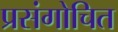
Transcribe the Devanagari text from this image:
प्रसंगोचित